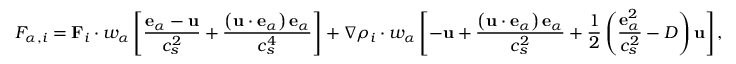
F _ { \alpha , i } = \mathbf { F } _ { i } \cdot w _ { \alpha } \left[ \frac { \mathbf { e } _ { \alpha } - \mathbf { u } } { c _ { s } ^ { 2 } } + \frac { \left( \mathbf { u } \cdot \mathbf { e } _ { \alpha } \right) \mathbf { e } _ { \alpha } } { c _ { s } ^ { 4 } } \right] + \nabla \rho _ { i } \cdot w _ { \alpha } \left[ - \mathbf { u } + \frac { \left( \mathbf { u } \cdot \mathbf { e } _ { \alpha } \right) \mathbf { e } _ { \alpha } } { c _ { s } ^ { 2 } } + \frac { 1 } { 2 } \left( \frac { \mathbf { e } _ { \alpha } ^ { 2 } } { c _ { s } ^ { 2 } } - D \right) \mathbf { u } \right] ,